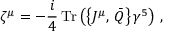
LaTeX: \zeta ^ { \mu } = - \frac { i } { 4 } \, \mathrm { T r } \left( \left\{ J ^ { \mu } , \, \bar { Q } \right\} \gamma ^ { 5 } \right) \, ,